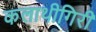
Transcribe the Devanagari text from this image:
कलाथीगिरी